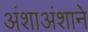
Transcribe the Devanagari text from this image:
अंशाअंशाने